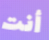
أنت